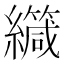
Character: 𫄏